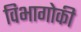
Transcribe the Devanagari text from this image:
विभागोकी